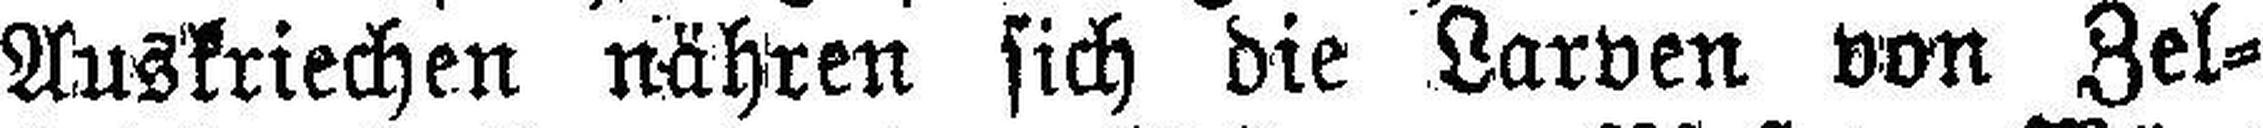
Auskriechen nähren sich die Larven von Zel¬